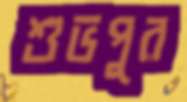
শুভপুর